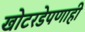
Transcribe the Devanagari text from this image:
खोटरडेपणाही